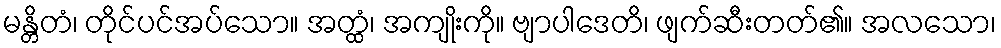
မန္တိတံ၊ တိုင်ပင်အပ်သော။ အတ္ထံ၊ အကျိုးကို။ ဗျာပါဒေတိ၊ ဖျက်ဆီးတတ်၏။ အလသော၊